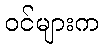
ဝင်များက